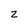
Character: 2